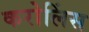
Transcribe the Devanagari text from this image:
करोलिंस